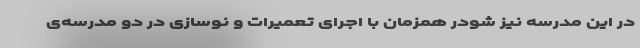
در این مدرسه نیز شودر همزمان با اجرای تعمیرات و نوسازی در دو مدرسه‌ی